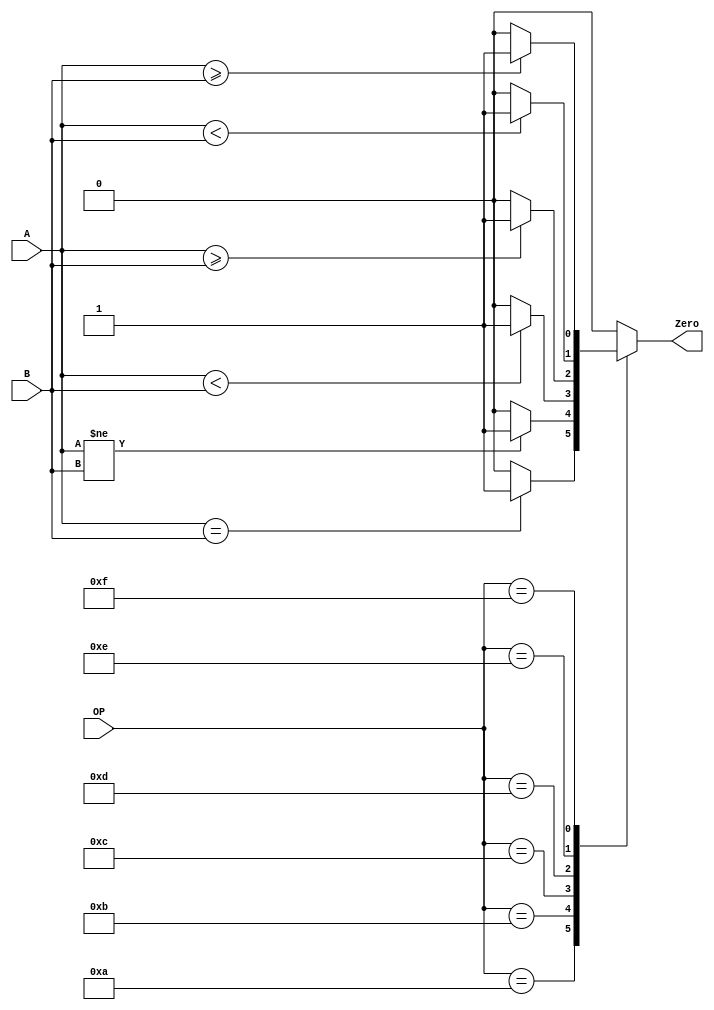
module EQUAL(
    input wire [3:0] OP,
    input wire [31:0] A,
    input wire [31:0] B,

	 output wire Zero //output is 1 if equal
);

	 reg _ZERO;
	 assign Zero = _ZERO;

    initial begin
		  _ZERO = 0;
    end

    always @ (*) begin

		case (OP)
            
            //beq
            4'b1010: begin
                if (A == B) begin
                    _ZERO = 1;
                end
                else begin
                    _ZERO = 0;
				end
            end

            //bne
            4'b1011: begin
                if (A != B) begin
                    _ZERO = 1;
                end
                else begin
                    _ZERO = 0;
                end
            end

            //blt
            4'b1100: begin
                if ($signed(A) < $signed(B)) begin
                    _ZERO = 1;
                end
			    else begin
                    _ZERO = 0;
                end
            end

            //bge
            4'b1101: begin
                if ($signed(A) >= $signed(B)) begin
                    _ZERO = 1;
                end
			    else begin
                    _ZERO = 0;
                end
			end

            //bltu
            4'b1110: begin
                if (A < B) begin
                    _ZERO = 1;
                end
			    else begin
                    _ZERO = 0;
                end
            end

            //bgeu
            4'b1111: begin
                if(A >= B) begin
                    _ZERO = 1;
                end
                else begin
                    _ZERO = 0;
                end
            end

            default: begin 
					//$display("equal.v is wrong!");
					_ZERO = 0;
				end

			endcase
			
	end
endmodule